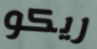
ريكو